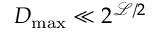
D _ { \mathrm { m a x } } \ll 2 ^ { { \scriptstyle \mathscr { L } } / 2 }